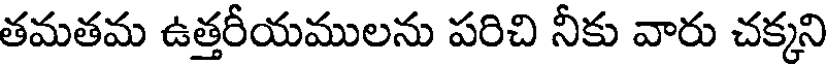
తమతమ ఉత్తరీయములను పరిచి నీకు వారు చక్కని